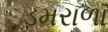
ડમરાળા